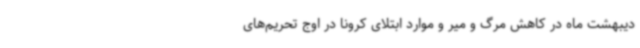
دیبهشت ماه در کاهش مرگ و میر و موارد ابتلای کرونا در اوج تحریم‌های